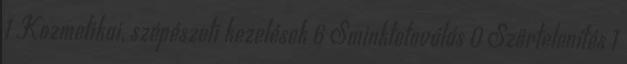
1 Kozmetikai, szépészeti kezelések 6 Sminktetoválás 0 Szőrtelenítés 1